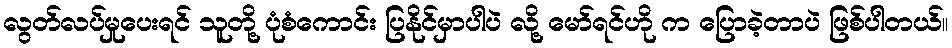
လွတ်လပ်မှုပေးရင် သူတို့ ပုံစံကောင်း ပြနိုင်မှာပါပဲ လို့ မော်ရင်ဟို က ပြောခဲ့တာပဲ ဖြစ်ပါတယ်။